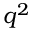
q ^ { 2 }